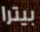
بيترا